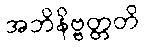
အဘိနိဗ္ဗတ္တတိ